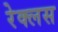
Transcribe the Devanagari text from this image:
रेक्लस